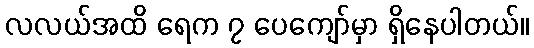
လလယ်အထိ ရေက ၇ ပေကျော်မှာ ရှိနေပါတယ်။